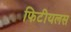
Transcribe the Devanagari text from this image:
फिटीयलस